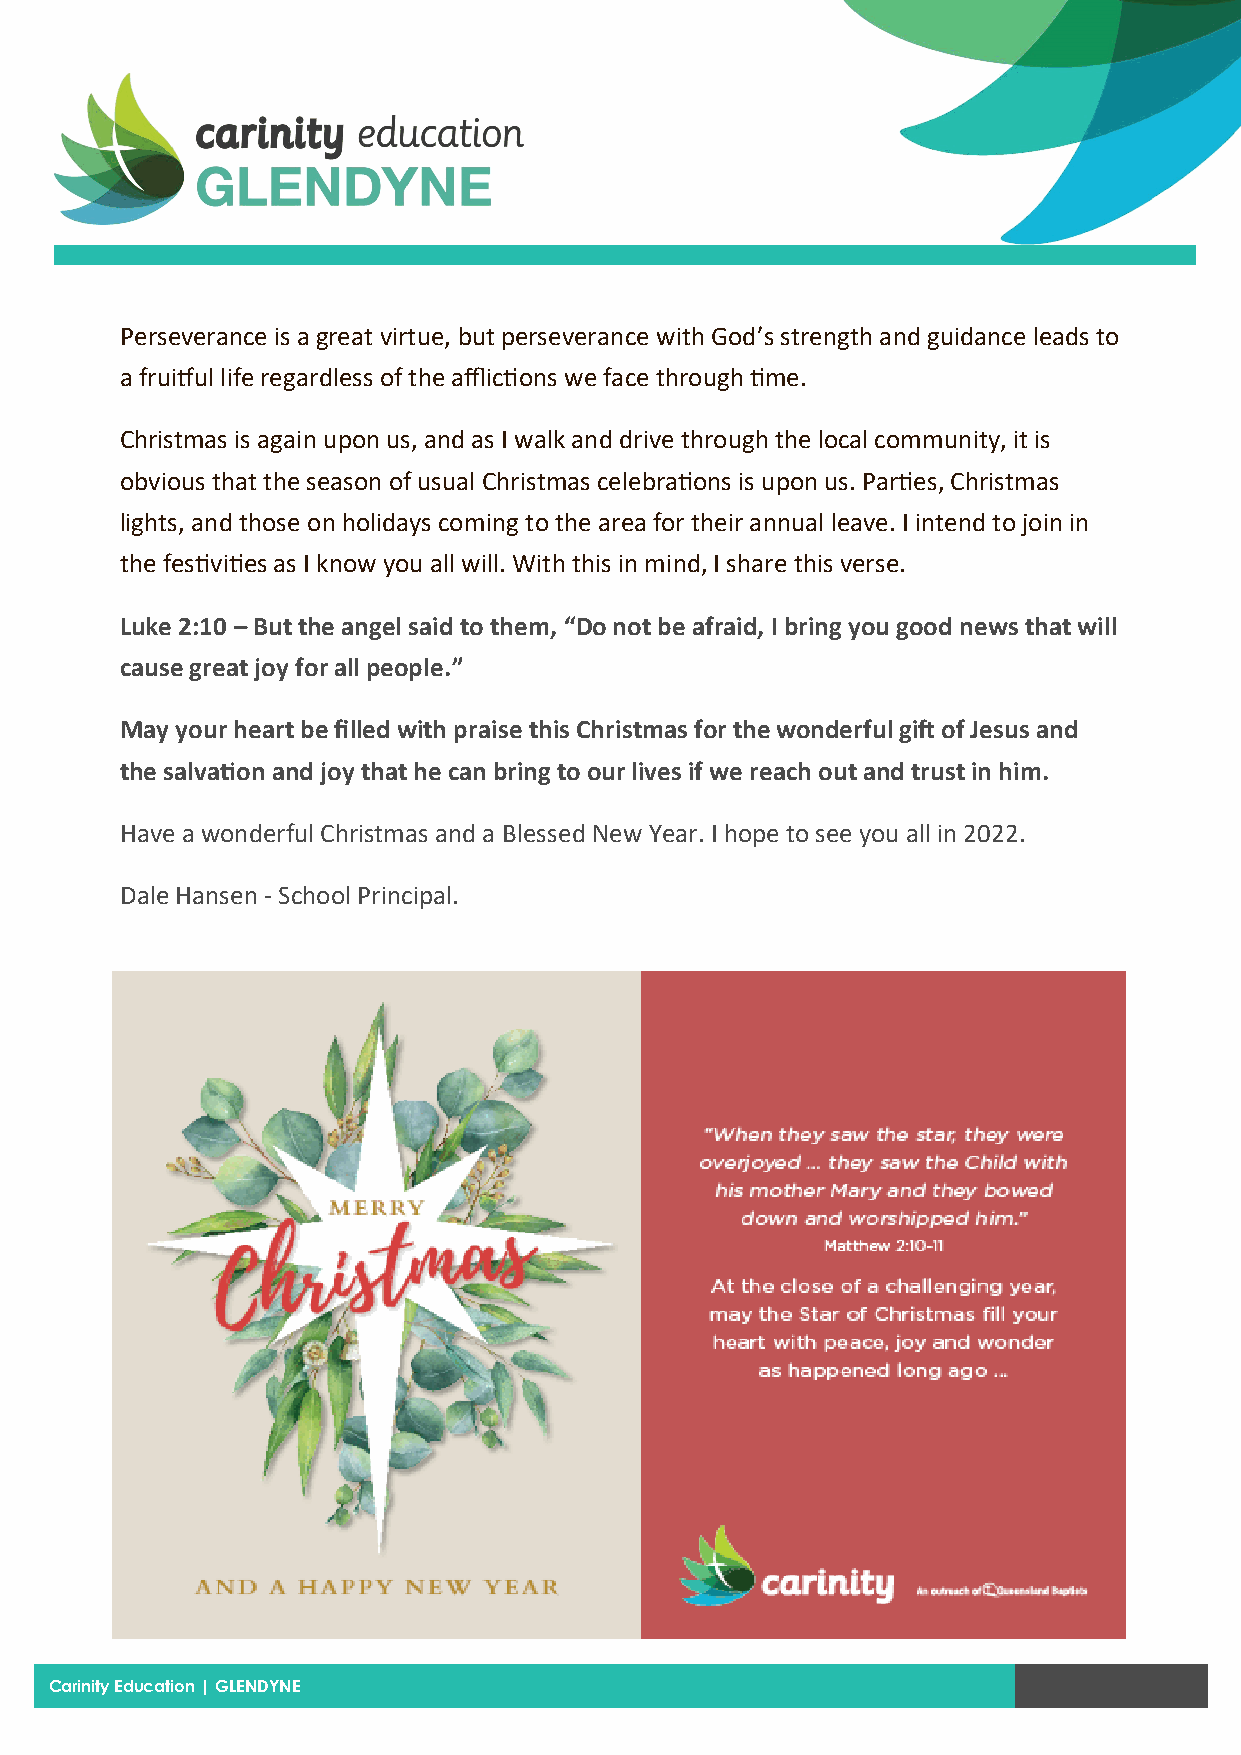
Perseverance is a great virtue, but perseverance with God’s strength and guidance leads to
 a fruitful life regardless of the afflictions we face through time.
 Christmas is again upon us, and as I walk and drive through the local community, it is
 obvious that the season of usual Christmas celebrations is upon us. Parties, Christmas
 lights, and those on holidays coming to the area for their annual leave. I intend to join in
 the festivities as I know you all will. With this in mind, I share this verse.
 Luke 2:10 – But the angel said to them, “Do not be afraid, I bring you good news that will
 cause great joy for all people.”
 May your heart be filled with praise this Christmas for the wonderful gift of Jesus and
 the salvation and joy that he can bring to our lives if we reach out and trust in him.
 Have a wonderful Christmas and a Blessed New Year. I hope to see you all in 2022.
 Dale Hansen - School Principal.
 Carinity E ducation | GLENDYNE